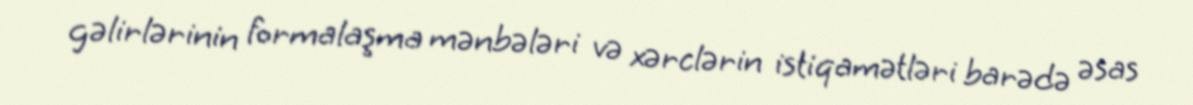
gəlirlərinin formalaşma mənbələri və xərclərin istiqamətləri barədə əsas